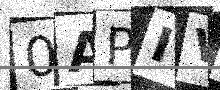
Text: 0APIVK